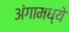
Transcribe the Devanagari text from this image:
अंगामध्ये